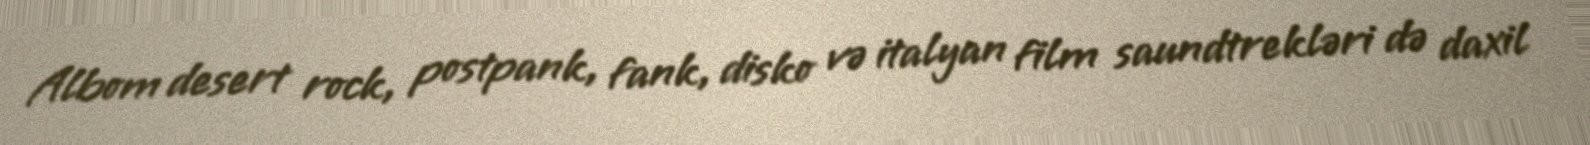
Albom desert rock, postpank, fank, disko və italyan film saundtrekləri də daxil